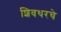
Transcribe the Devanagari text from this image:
शिवथरचे